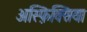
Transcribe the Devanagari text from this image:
अस्फ़िक्सिया